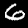
Digit: 6